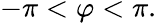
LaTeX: -\pi<\varphi<\pi.